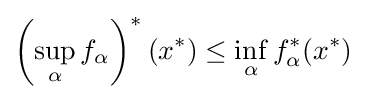
\left(\sup _{\alpha }f_{\alpha }\right)^{*}(x^{*})\leq \inf _{\alpha }f_{\alpha }^{*}(x^{*})